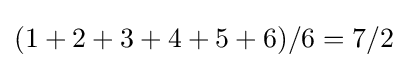
(1+2+3+4+5+6)/6=7/2